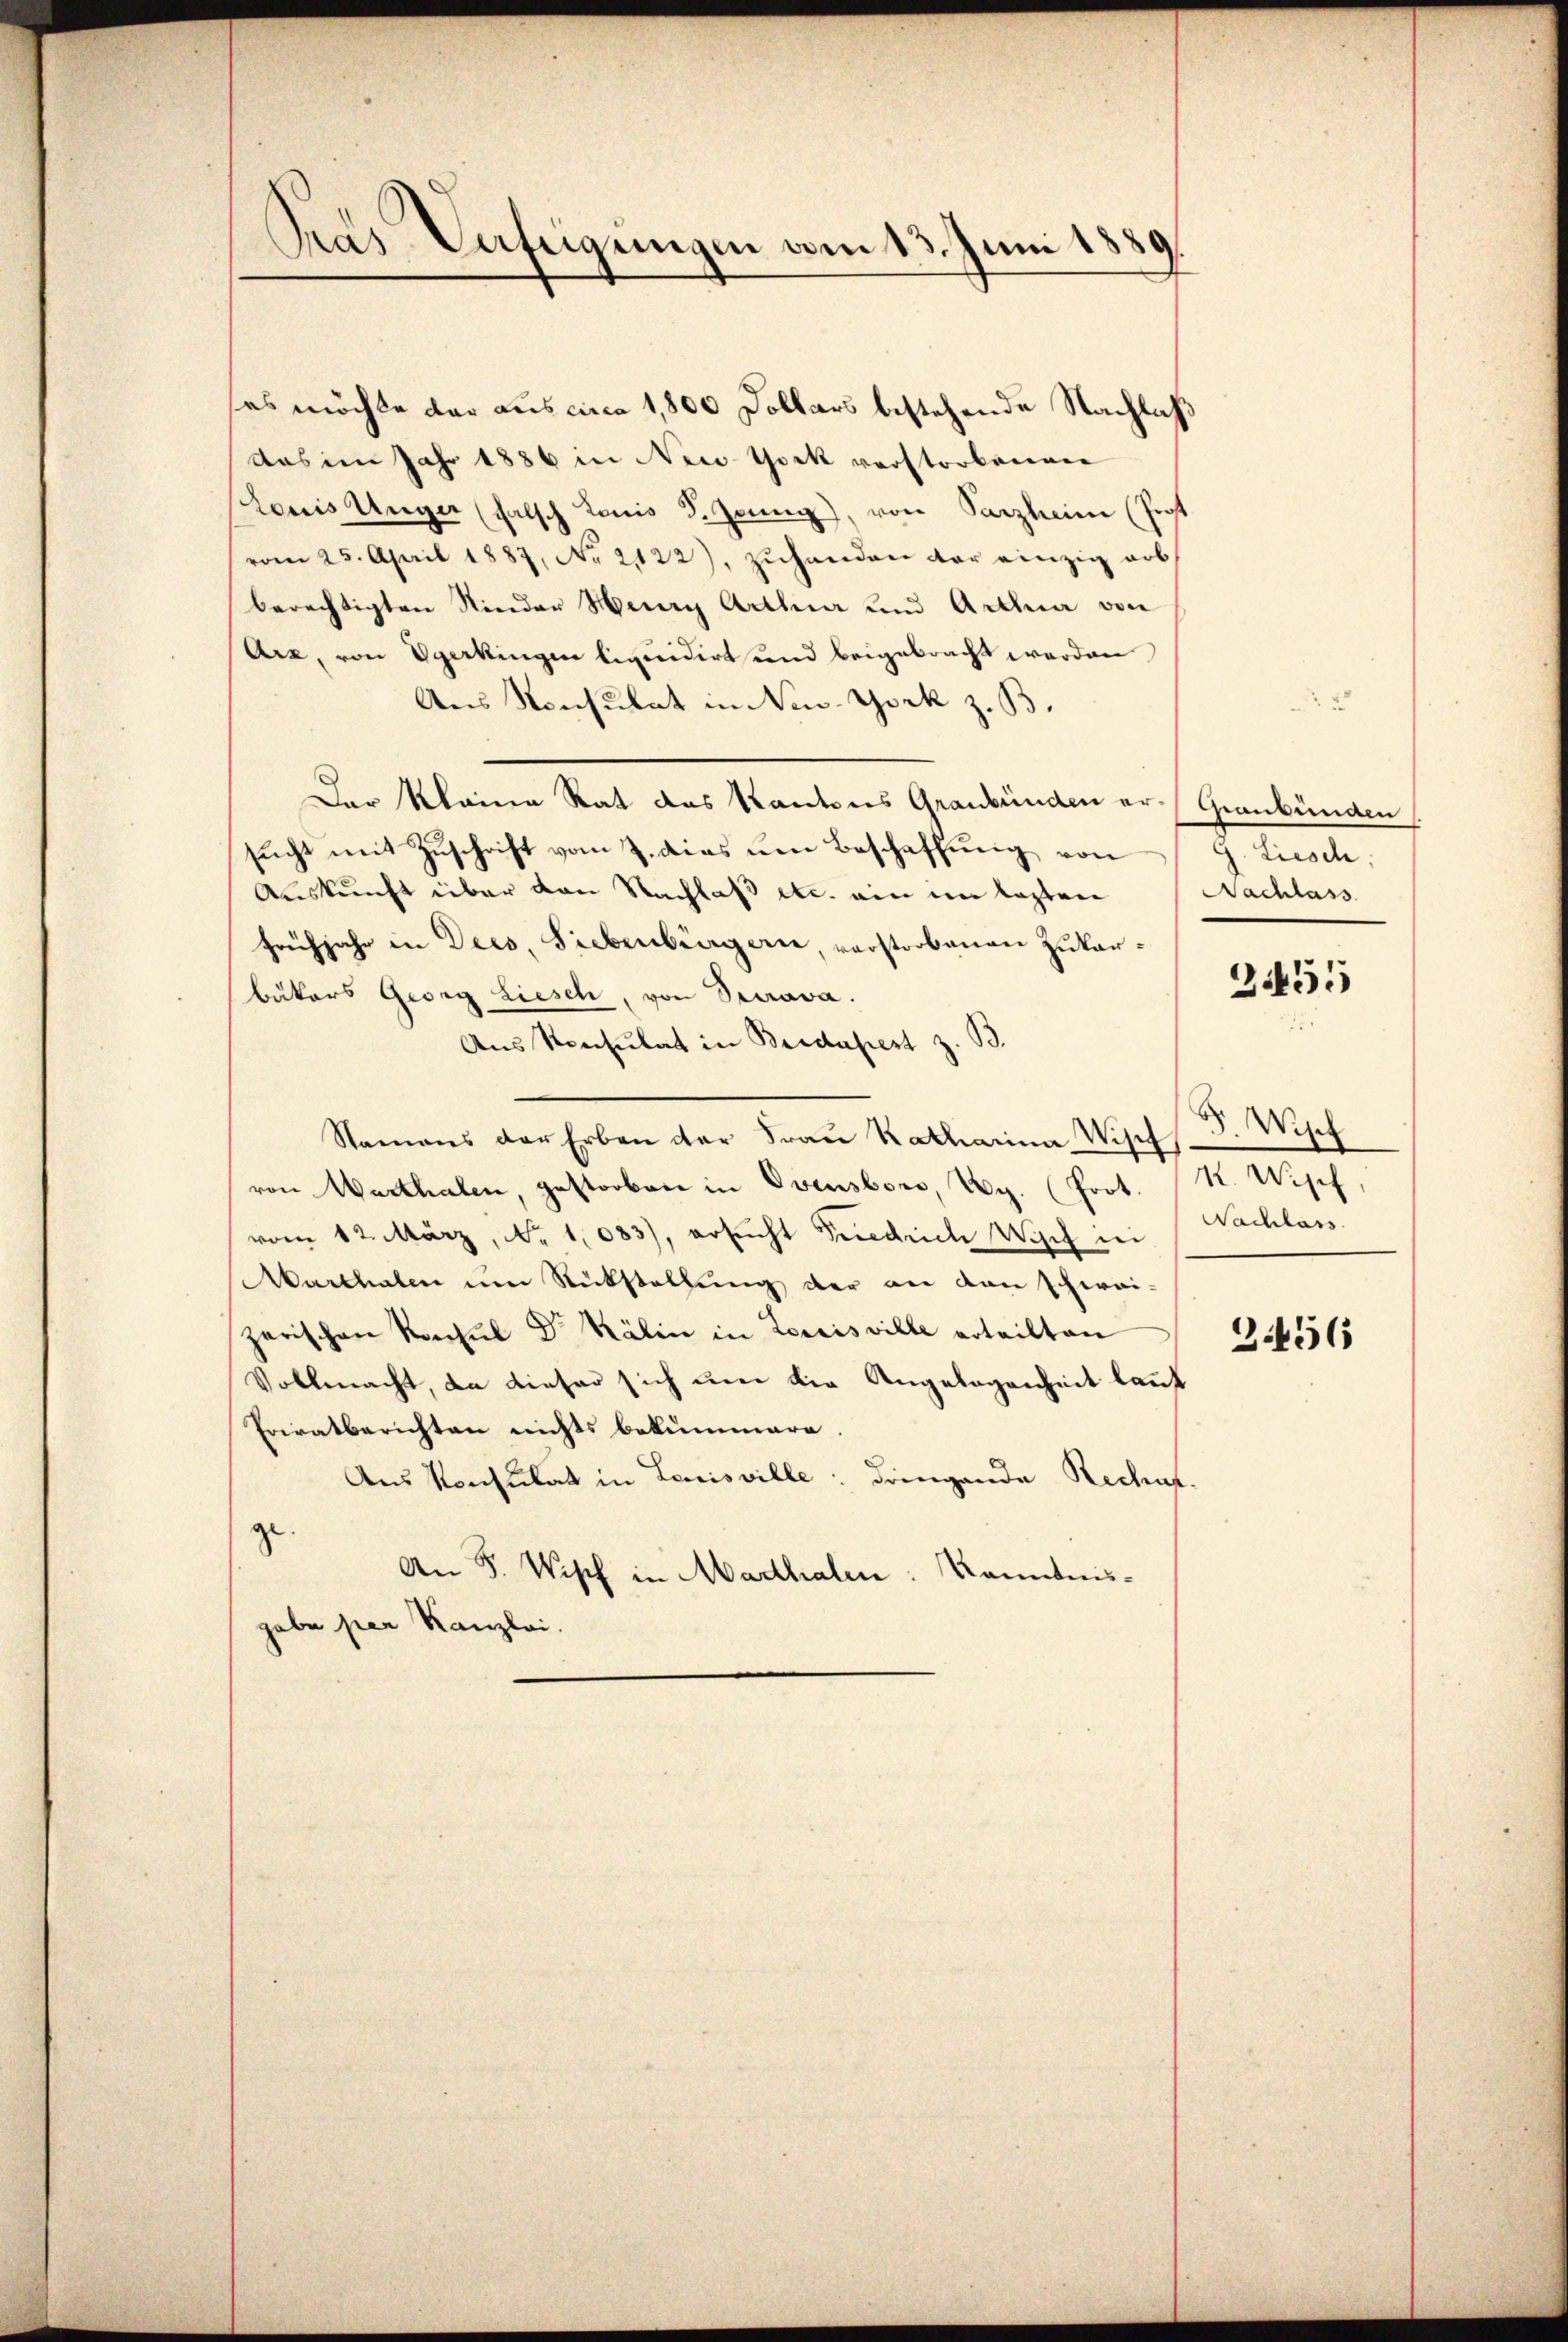
Das Verfeigungen vom 13. Juni 1889.

es möchte dar aus circa 1,800 Dollars bestehende Nachlaß
das im Jahr 1886 in New-York verstorbenen
Louis Unger (falsch Louis d. Zeung), von Parzheim (Forst
vom 25. April 1887, No 2122), zŭhanden der einzig arb
berechtigten Nieder Henry Arthur und Artha von
Arz, von Sperkingen liquidirt und beigebracht werden
Aus Konsulat in New-York z. B.
Der Kleine Rat das Kantons Graubünden er (Graubünden
sucht mit Zuschrift vom 7. dies um Beschaffung von
Auskunft über den Nachlaß etc. ein im lezten
Frühjahr in Decs, Siebenbergerie, verstorbenen Zukarbäkers Georg Liesch, von Serava.
Aus Konsulat in Bridapest z. B.
Namens der Erben der Fraŭ Katharina Wis
von Marthalen gestorben in Ovensbors, Ag. (Prot. K. Wipf
vom 12. März, No 1083), ersŭcht Friedrich Wisch in
Marthalen um Rückstellung der an den schwei-
zerischen Konsul Dr. Kälin in Loreis ville erteilten
Vollmacht, da dieser sich um die Angelegenheit laut
Privatberichten nichts bekummern.
Aus Konsulat in Louisville dringende Recurge.
An 5. Wisch in Marthalen: Kenntnisgabe per Kanzlei.

g. Liesch
Nachlass

2455

5. Wisch
Nachlass

3456